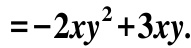
$=-2xy^{2}+3xy.$